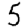
Digit: 5